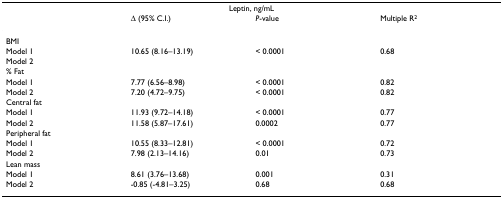
|  | <COLSPAN=2> Leptin, ng/mL |  |
 |  | Δ (95% C.I.) | P-value | Multiple R2 |
 | --- | --- | --- | --- |
 | BMI |  |  |  |
 | Model 1 | 10.65 (8.16–13.19) | < 0.0001 | 0.68 |
 | Model 2 |  |  |  |
 | % Fat |  |  |  |
 | Model 1 | 7.77 (6.56–8.98) | < 0.0001 | 0.82 |
 | Model 2 | 7.20 (4.72–9.75) | < 0.0001 | 0.82 |
 | Central fat |  |  |  |
 | Model 1 | 11.93 (9.72–14.18) | < 0.0001 | 0.77 |
 | Model 2 | 11.58 (5.87–17.61) | 0.0002 | 0.77 |
 | Peripheral fat |  |  |  |
 | Model 1 | 10.55 (8.33–12.81) | < 0.0001 | 0.72 |
 | Model 2 | 7.98 (2.13–14.16) | 0.01 | 0.73 |
 | Lean mass |  |  |  |
 | Model 1 | 8.61 (3.76–13.68) | 0.001 | 0.31 |
 | Model 2 | -0.85 (-4.81–3.25) | 0.68 | 0.68 |